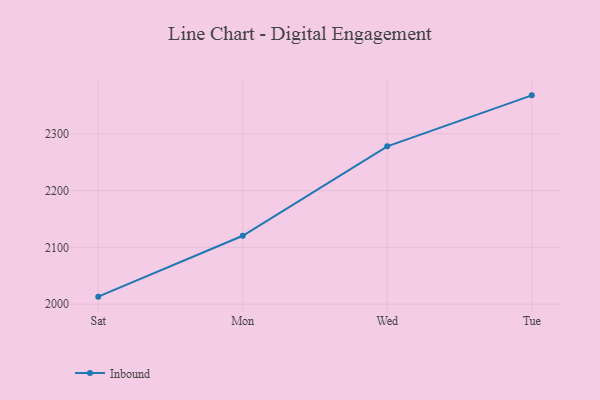
{"axis": {"x": "Day", "y": "Website Visitors"}, "legend": ["Inbound"], "data": [{"x": "Sat", "y": 2013.2, "type": "Inbound"}, {"x": "Mon", "y": 2120.5, "type": "Inbound"}, {"x": "Wed", "y": 2278.0, "type": "Inbound"}, {"x": "Tue", "y": 2367.8, "type": "Inbound"}]}